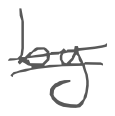
Text: by
Cross-out: double-line
Writing tool: digital_gray